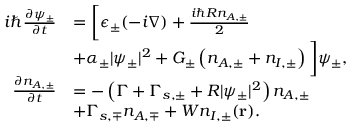
\begin{array} { r l } { i \hbar \frac { \partial \psi _ { \pm } } { \partial t } } & { = \bigg [ \epsilon _ { \pm } ( - i \boldsymbol { \nabla } ) + \frac { i \hbar R n _ { A , \pm } } { 2 } } \\ & { + \alpha _ { \pm } | \psi _ { \pm } | ^ { 2 } + G _ { \pm } \left( n _ { A , \pm } + n _ { I , \pm } \right) \bigg ] \psi _ { \pm } , } \\ { \frac { \partial n _ { A , \pm } } { \partial t } } & { = - \left( \Gamma + \Gamma _ { s , \pm } + R | \psi _ { \pm } | ^ { 2 } \right) n _ { A , \pm } } \\ & { + \Gamma _ { s , \mp } n _ { A , \mp } + W n _ { I , \pm } ( \mathbf { r } ) . } \end{array}